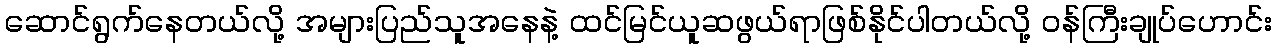
ဆောင်ရွက်နေတယ်လို့ အများပြည်သူအနေနဲ့ ထင်မြင်ယူဆဖွယ်ရာဖြစ်နိုင်ပါတယ်လို့ ဝန်ကြီးချုပ်ဟောင်း